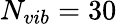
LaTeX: N_{vib}=30